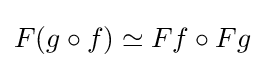
F(g\circ f)\simeq Ff\circ Fg